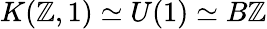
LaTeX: K(\mathbb{Z},1)\simeq U(1)\simeq B\mathbb{Z}